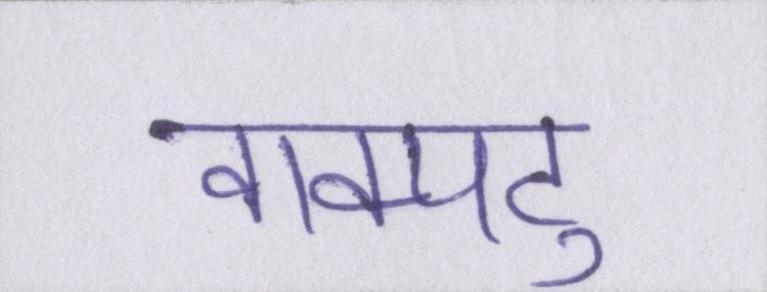
वाक्पटु